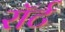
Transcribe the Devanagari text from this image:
रॉर्ट